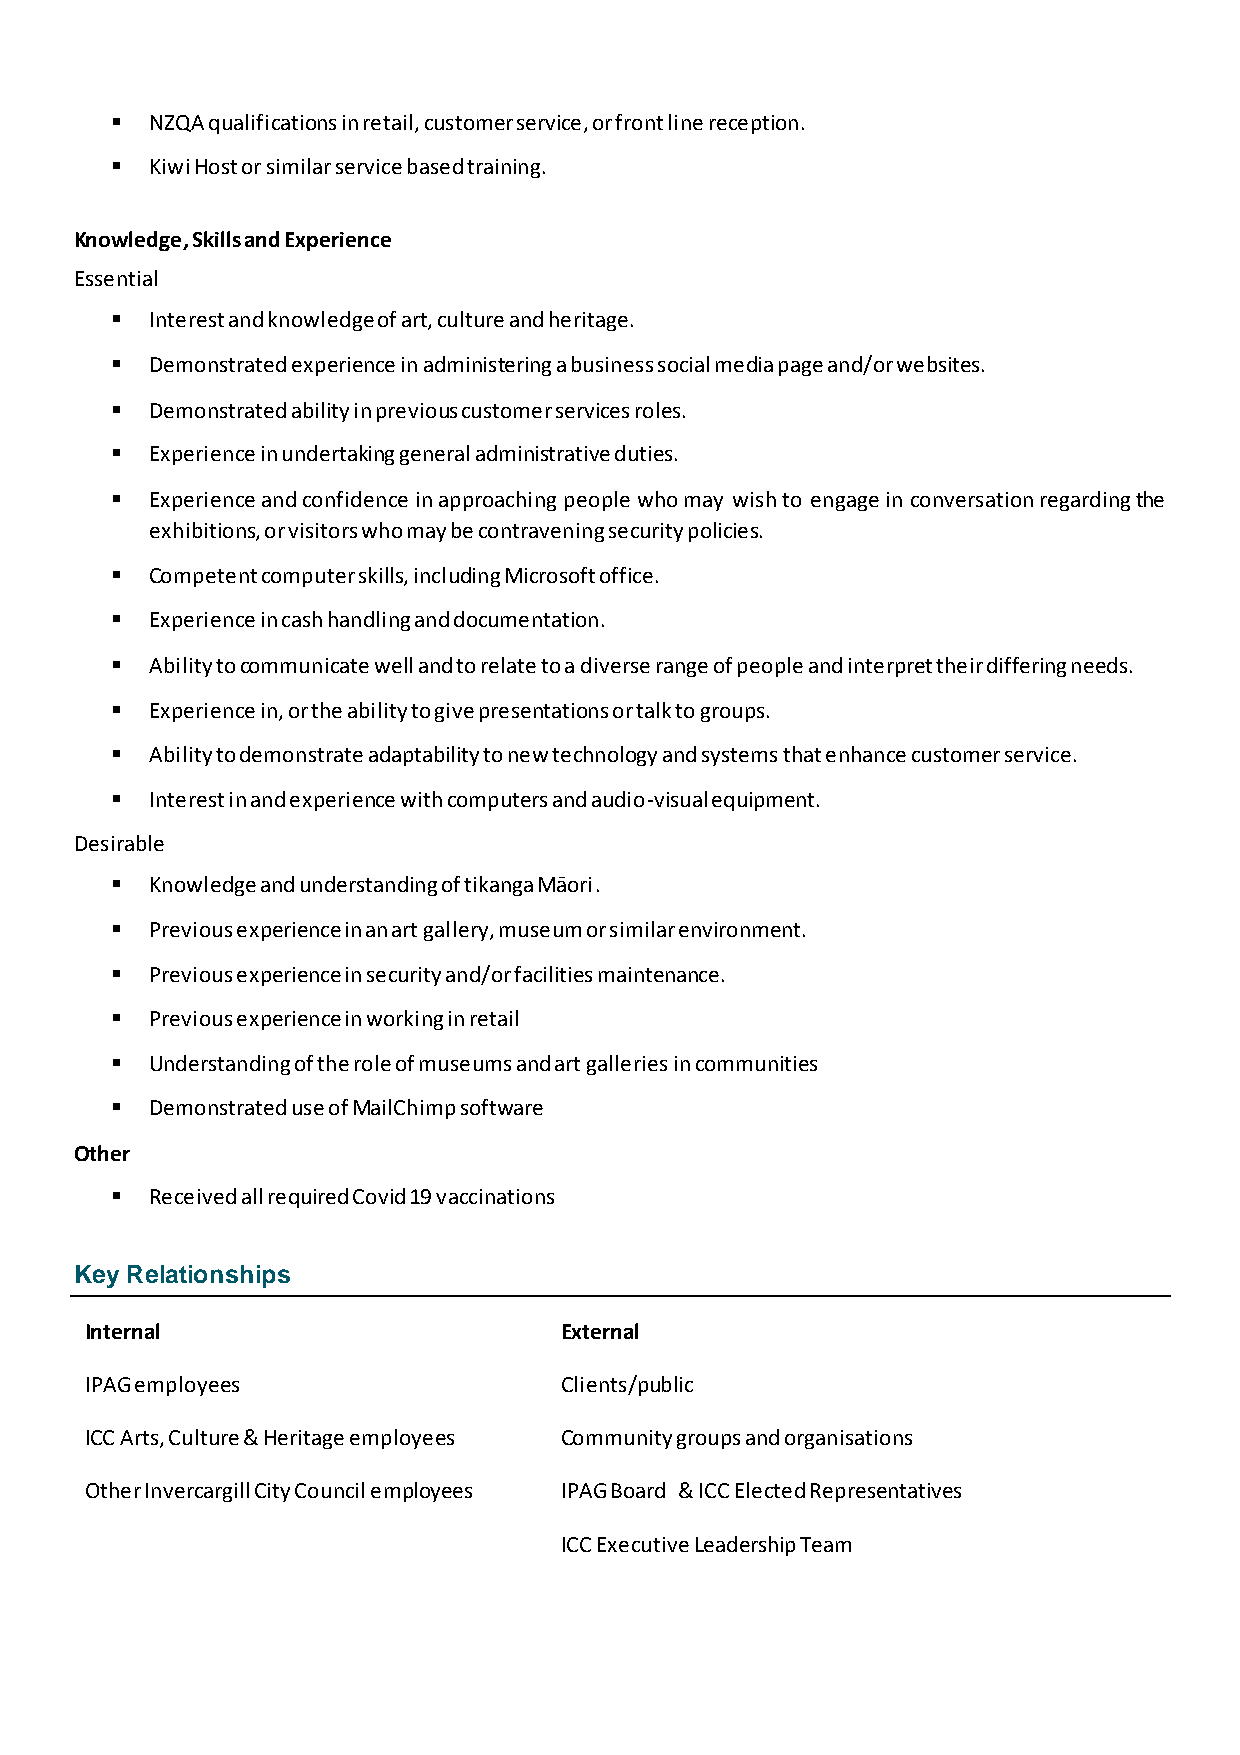
  NZQA qualifications in retail, customer service, or front line reception.
   Kiwi Host or similar service based training.
 Knowledge, Skills and Experience
 Essential
   Interest and knowledge of art, culture and heritage.
   Demonstrated experience in administering a business social media page and/or websites.
   Demonstrated ability in previous customer services roles.
   Experience in undertaking general administrative duties.
   Experience and confidence in approaching people who may wish to engage in conversation regarding the
 exhibitions, or visitors who may be contravening security policies.
   Competent computer skills, including Microsoft office.
   Experience in cash handling and documentation.
   Ability to communicate well and to relate to a diverse range of people and interpret their differing needs.
   Experience in, or the ability to give presentations or talk to groups.
   Ability to demonstrate adaptability to new technology and systems that enhance customer service.
   Interest in and experience with computers and audio-visual equipment.
 Desirable
   Knowledge and understanding of tikanga Māori.
   Previous experience in an art gallery, museum or similar environment.
   Previous experience in security and/or facilities maintenance.
   Previous experience in working in retail
   Understanding of the role of museums and art galleries in communities
   Demonstrated use of MailChimp software
 Other
   Received all required Covid 19 vaccinations
 Key Relationships
 Internal                       External
 IPAG employees                 Clients/public
 ICC Arts, Culture & Heritage employees Community groups and organisations
 Other Invercargill City Council employees IPAG Board & ICC Elected Representatives
 ICC Executive Leadership Team